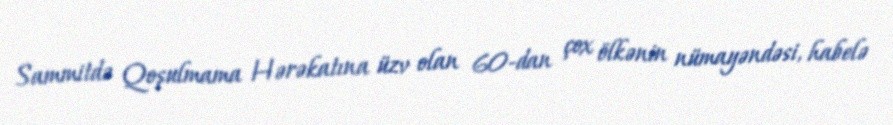
Sammitdə Qoşulmama Hərəkatına üzv olan 60-dan çox ölkənin nümayəndəsi, habelə